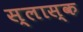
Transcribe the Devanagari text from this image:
स्लास्क